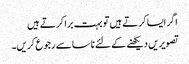
اگر ایسا کرتے ہیں تو بہت برا کرتے ہیں
تصویریں دیکھنے کے لئے ناسا سے رجوع کریں۔